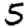
Digit: 5